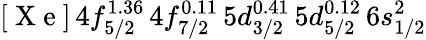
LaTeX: [\mathrm{~X~e~}]\, 4f_{5/2}^{1.36}\, 4f_{7/2}^{0.11}\, 5d_{3/2}^{0.41}\, 5d_{5/2}^{0.12}\, 6s_{1/2}^{2}